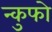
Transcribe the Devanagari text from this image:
न्कुफो